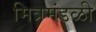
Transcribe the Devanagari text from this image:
मित्रमंडळी